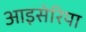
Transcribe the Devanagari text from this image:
आइसेरिया